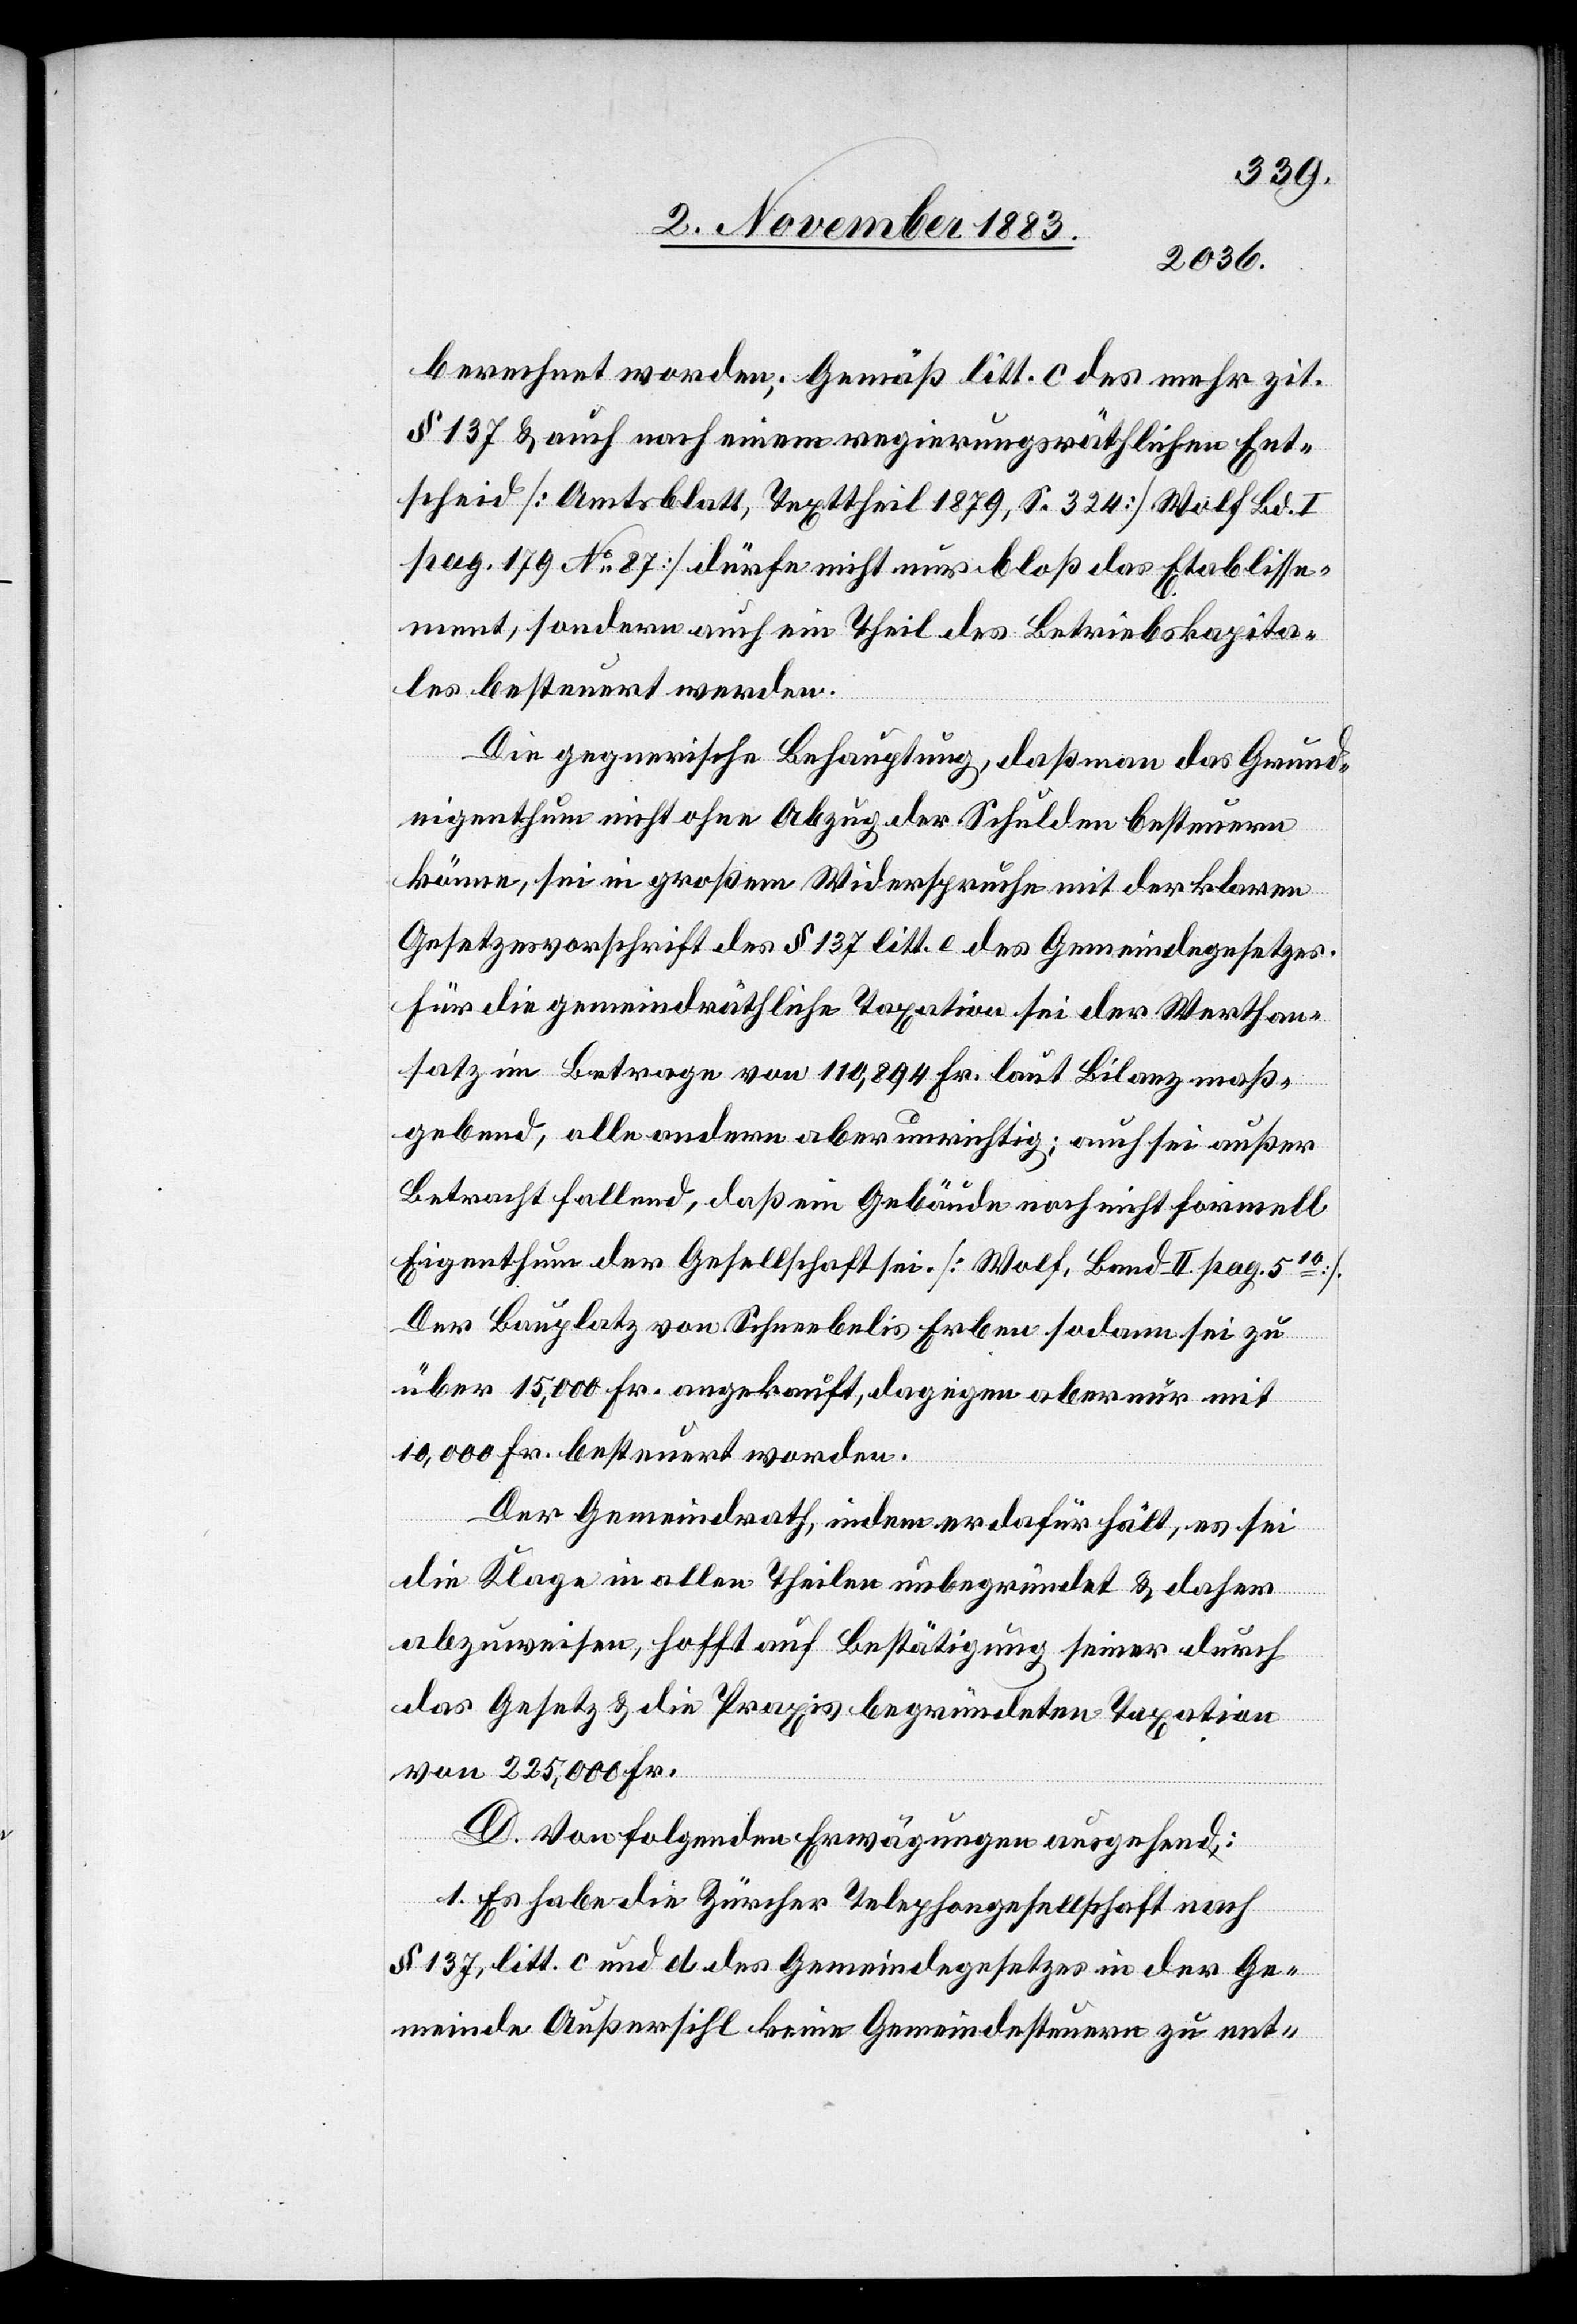
berechnet worden; Gemäß litt. c des mehr zit.
§ 137 & auch nach einem regierungsräthlichen Ent¬
scheid [Amtsblatt, Texttheil 1879, S. 324 Wolf Bd. I
pag. 179 No 87] dürfe nicht nur bloß das Etablisse¬
ment, sondern auch ein Theil des Betriebskapita¬
les besteuert werden.
Die gegnerische Behauptung, daß man das Grund¬
eigenthum nicht ohne Abzug der Schulden besteuern
könne, sei in großem Widerspruche mit der klaren
Gesetzesvorschrift des § 137 litt. e des Gemeindegesetzes.
Für die gemeindräthliche Taxation sei der Werthan¬
satz im Betrage von 110,894 Fr. laut Bilanz maß¬
gebend, alle andern aber unrichtig; auch sei außer
Betracht fallend, daß ein Gebäude noch nicht formell
Eigenthum der Gesellschaft sei. [Wolf, Band II. pag. 510].
Der Bauplatz von Schneebelis Erben sodann sei zu
über 15,000 Fr. angekauft, dagegen aber nur mit
10,000 Fr. besteuert worden.
Der Gemeindrath, indem er dafür hält, es sei
die Klage in allen Theilen unbegründet & daher
abzuweisen, hofft auf Bestätigung seiner durch
das Gesetz & die Praxis begründeten Taxation
von 225,000 Fr.
D. Von folgenden Erwägungen ausgehend:
1. Es habe die Zürcher Telephongesellschaft nach
§ 137, litt. c und d des Gemeindegesetzes in der Ge¬
meinde Außersihl keine Gemeindesteuern zu ent-